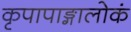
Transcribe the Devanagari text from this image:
कृपापाङ्गालोकं